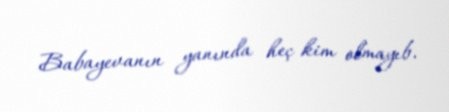
Babayevanın yanında heç kim olmayıb.